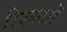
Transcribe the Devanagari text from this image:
रिएक्‍टरों